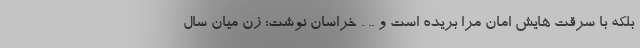
بلکه با سرقت هایش امان مرا بریده است و .. . خراسان نوشت: زن میان سال